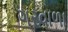
ગરવાળા